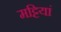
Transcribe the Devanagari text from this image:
मट्टियां